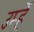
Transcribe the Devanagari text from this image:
उम्हें